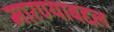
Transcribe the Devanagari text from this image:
मारण्याबद्दल